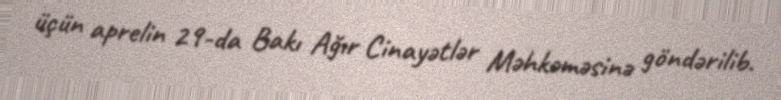
üçün aprelin 29-da Bakı Ağır Cinayətlər Məhkəməsinə göndərilib.